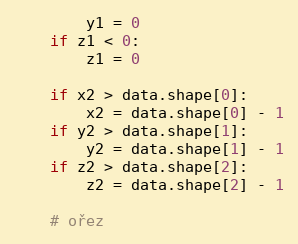
Language: Python
        y1 = 0
    if z1 < 0:
        z1 = 0

    if x2 > data.shape[0]:
        x2 = data.shape[0] - 1
    if y2 > data.shape[1]:
        y2 = data.shape[1] - 1
    if z2 > data.shape[2]:
        z2 = data.shape[2] - 1

    # ořez